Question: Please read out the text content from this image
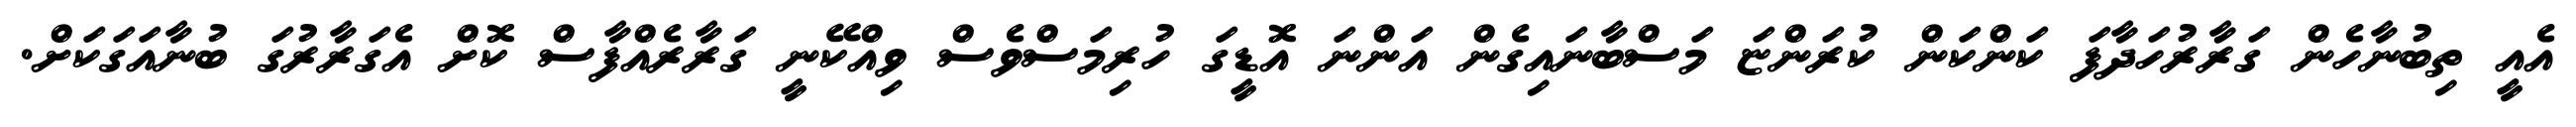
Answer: އެއީ ތިބުނާހެން ގަރާރުހަދާފަ ކަންކަން ކުރަންޏަ މަސްބާނައިގެން އަންނަ އޮޑީގަ ހުރިމަސްވެސް ވިއްކޭނީ ގަރާރެއްފާސް ކޮށް އެގަރާރުގަ ބުނާއަގަކަށް.